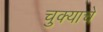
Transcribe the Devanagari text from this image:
चुक्याचे